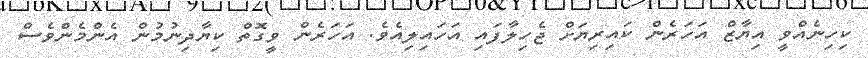
ކިހިނެއްވީ އިޔާޒް އަހަރެން ކައިރިޔަށް ޖެހިލާފައި އަހައިލިއެވެ. އަހަރެން ވީގޮތް ކިޔާދިނުމުން އެންމެންވެސް